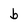
Character: b